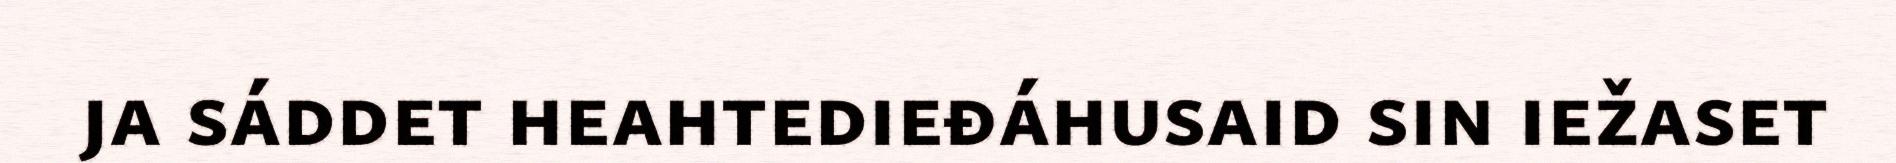
ja sáddet heahtedieđáhusaid sin iežaset